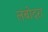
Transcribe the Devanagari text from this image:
लंबोदरा